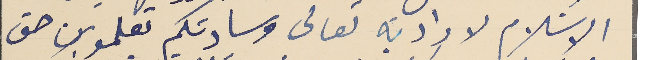
الاسَلام لارادته تعالى وسادتكم تعلمون حق